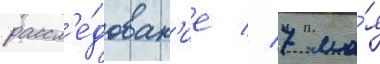
рассл'е́дован'ие // 7 ма́я